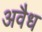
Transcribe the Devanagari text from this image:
अवैध